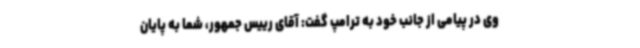
وی در پیامی از جانب خود به ترامپ گفت: آقای رییس جمهور، شما به پایان